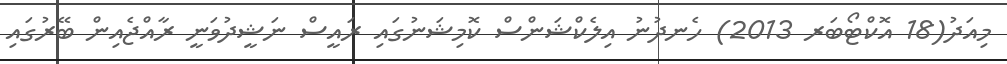
މިއަދު(18 އޮކްޓޯބަރ 2013) ހެނދުނު އިލެކްޝަންސް ކޮމިޝަނުގައި ރައީސް ނަޝީދުވަނީ ރާއްޖެއިން ބޭރުގައި